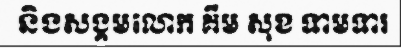
និងសង្គមលោក គឹម សុខ ទាមទារ